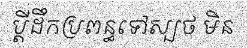
ប្តីដឹកប្រពន្ធទៅស្បថ មិន